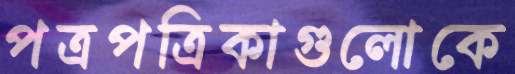
পত্রপত্রিকাগুলোকে